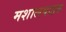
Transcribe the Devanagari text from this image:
मशालवाहक